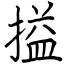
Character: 搤